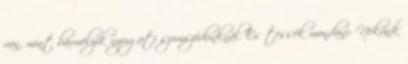
van, mint bármelyik nyugati szomszédunknál. És tessék mondani: Nekünk